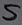
Text: S